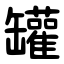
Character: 罐